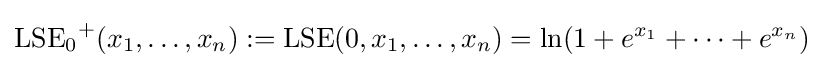
\operatorname {LSE_{0}} ^{+}(x_{1},\dots ,x_{n}):=\operatorname {LSE} (0,x_{1},\dots ,x_{n})=\ln(1+e^{x_{1}}+\cdots +e^{x_{n}})